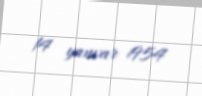
14 yanvar 1954